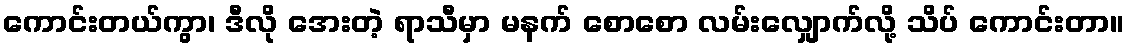
ကောင်းတယ်ကွာ၊ ဒီလို အေးတဲ့ ရာသီမှာ မနက် စောစော လမ်းလျှောက်လို့ သိပ် ကောင်းတာ။